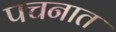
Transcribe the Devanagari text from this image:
पचनात